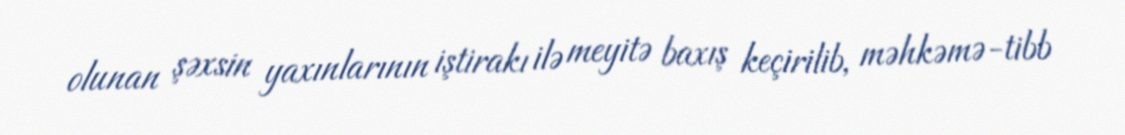
olunan şəxsin yaxınlarının iştirakı ilə meyitə baxış keçirilib, məhkəmə-tibb